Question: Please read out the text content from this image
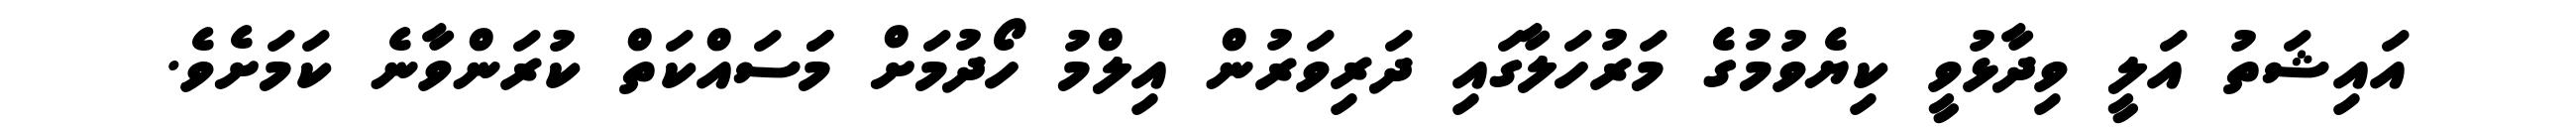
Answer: އައިޝަތު އަލީ ވިދާޅުވީ ކިޔެވުމުގެ މަރުހަލާގައި ދަރިވަރުން އިލްމު ހޯދުމަށް މަަސައްކަތް ކުރަންވާނެ ކަމަށެވެ.